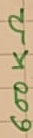
Text: 600KΩ